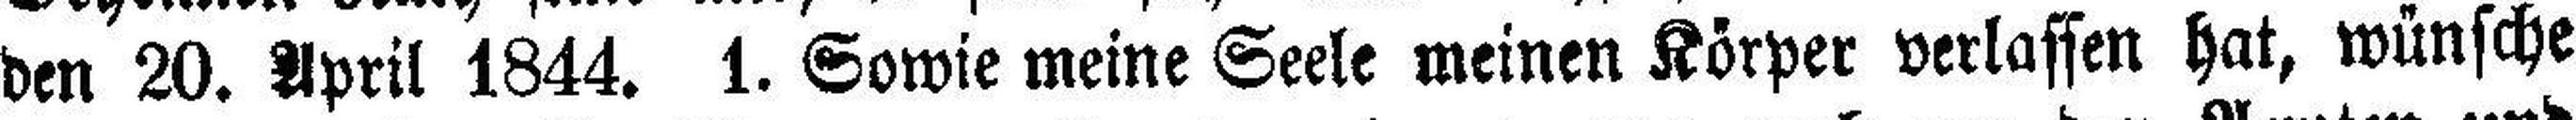
den 20. April 1844. 1. Sowie meine Seele meinen Körper verlassen hat, wünsche